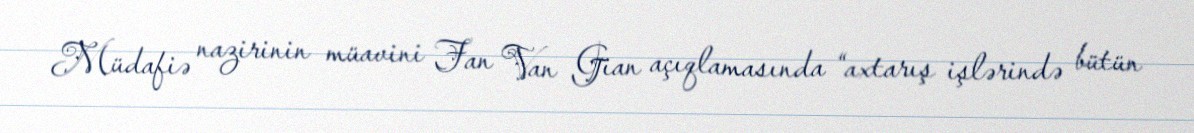
Müdafiə nazirinin müavini Fan Van Gian açıqlamasında “axtarış işlərində bütün